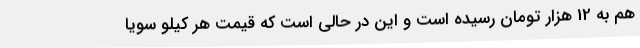
هم به 12 هزار تومان رسیده است و این در حالی است که قیمت هر کیلو سویا